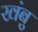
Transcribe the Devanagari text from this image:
खंबु